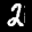
Label: 2